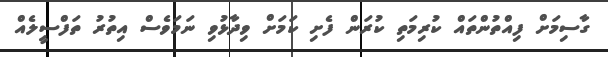
ގާސިމަށް ފިއްތުންތައް ކުރިމަތި ކުރަން ފެށި ކަމަށް ވިދާޅުވި ނަމަވެސް އިތުރު ތަފްސީލެއް